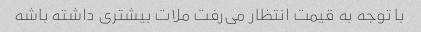
با توجه به قیمت انتظار می‌رفت ملات بیشتری داشته باشه